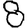
Digit: 8